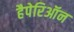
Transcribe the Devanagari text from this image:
हैपेरिऑन